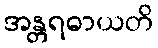
အန္တရဓာယတိ